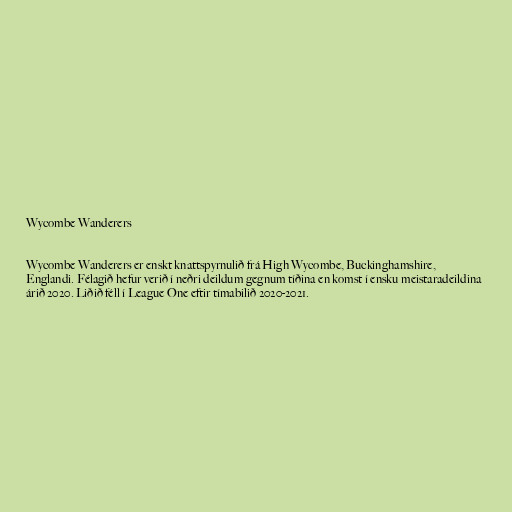
Wycombe Wanderers

Wycombe Wanderers er enskt knattspyrnulið frá High Wycombe, Buckinghamshire,
Englandi. Félagið hefur verið í neðri deildum gegnum tíðina en komst í ensku meistaradeildina
árið 2020. Liðið féll í League One eftir tímabilið 2020-2021.